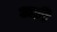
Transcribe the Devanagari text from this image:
अग्री